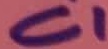
Text: C1